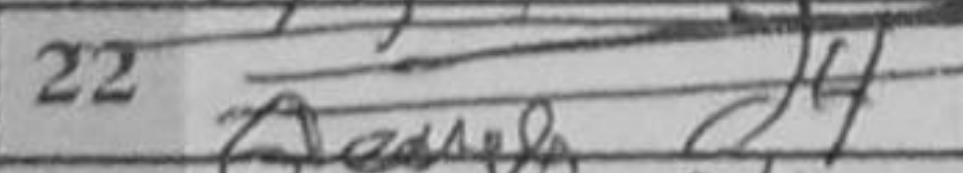
Transcription: d4